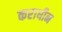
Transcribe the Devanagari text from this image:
कराधीन